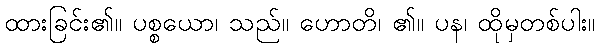
ထားခြင်း၏။ ပစ္စယော၊ သည်။ ဟောတိ၊ ၏။ ပန၊ ထိုမှတစ်ပါး။